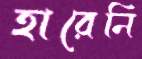
হারেনি